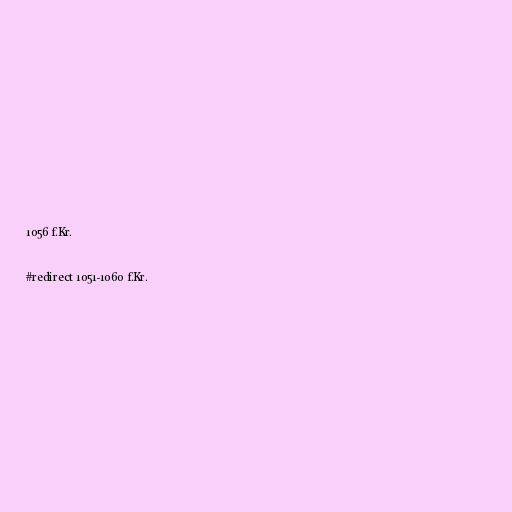
1056 f.Kr.

#redirect 1051-1060 f.Kr.